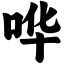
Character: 哗